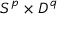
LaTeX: S ^ { p } \times D ^ { q }